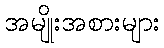
အမျိုးအစားများ